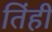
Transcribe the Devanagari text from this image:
तिंही